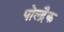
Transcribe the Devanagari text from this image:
पोल्द्रैक